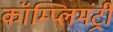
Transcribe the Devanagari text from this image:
कॉम्प्लिमंट्री